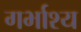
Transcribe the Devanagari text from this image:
गर्भाश्य